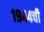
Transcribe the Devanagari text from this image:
१९४४ची